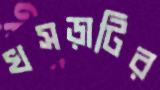
খসড়াটির